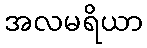
အလမရိယာ